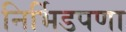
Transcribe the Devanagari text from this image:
निर्भिडपणा